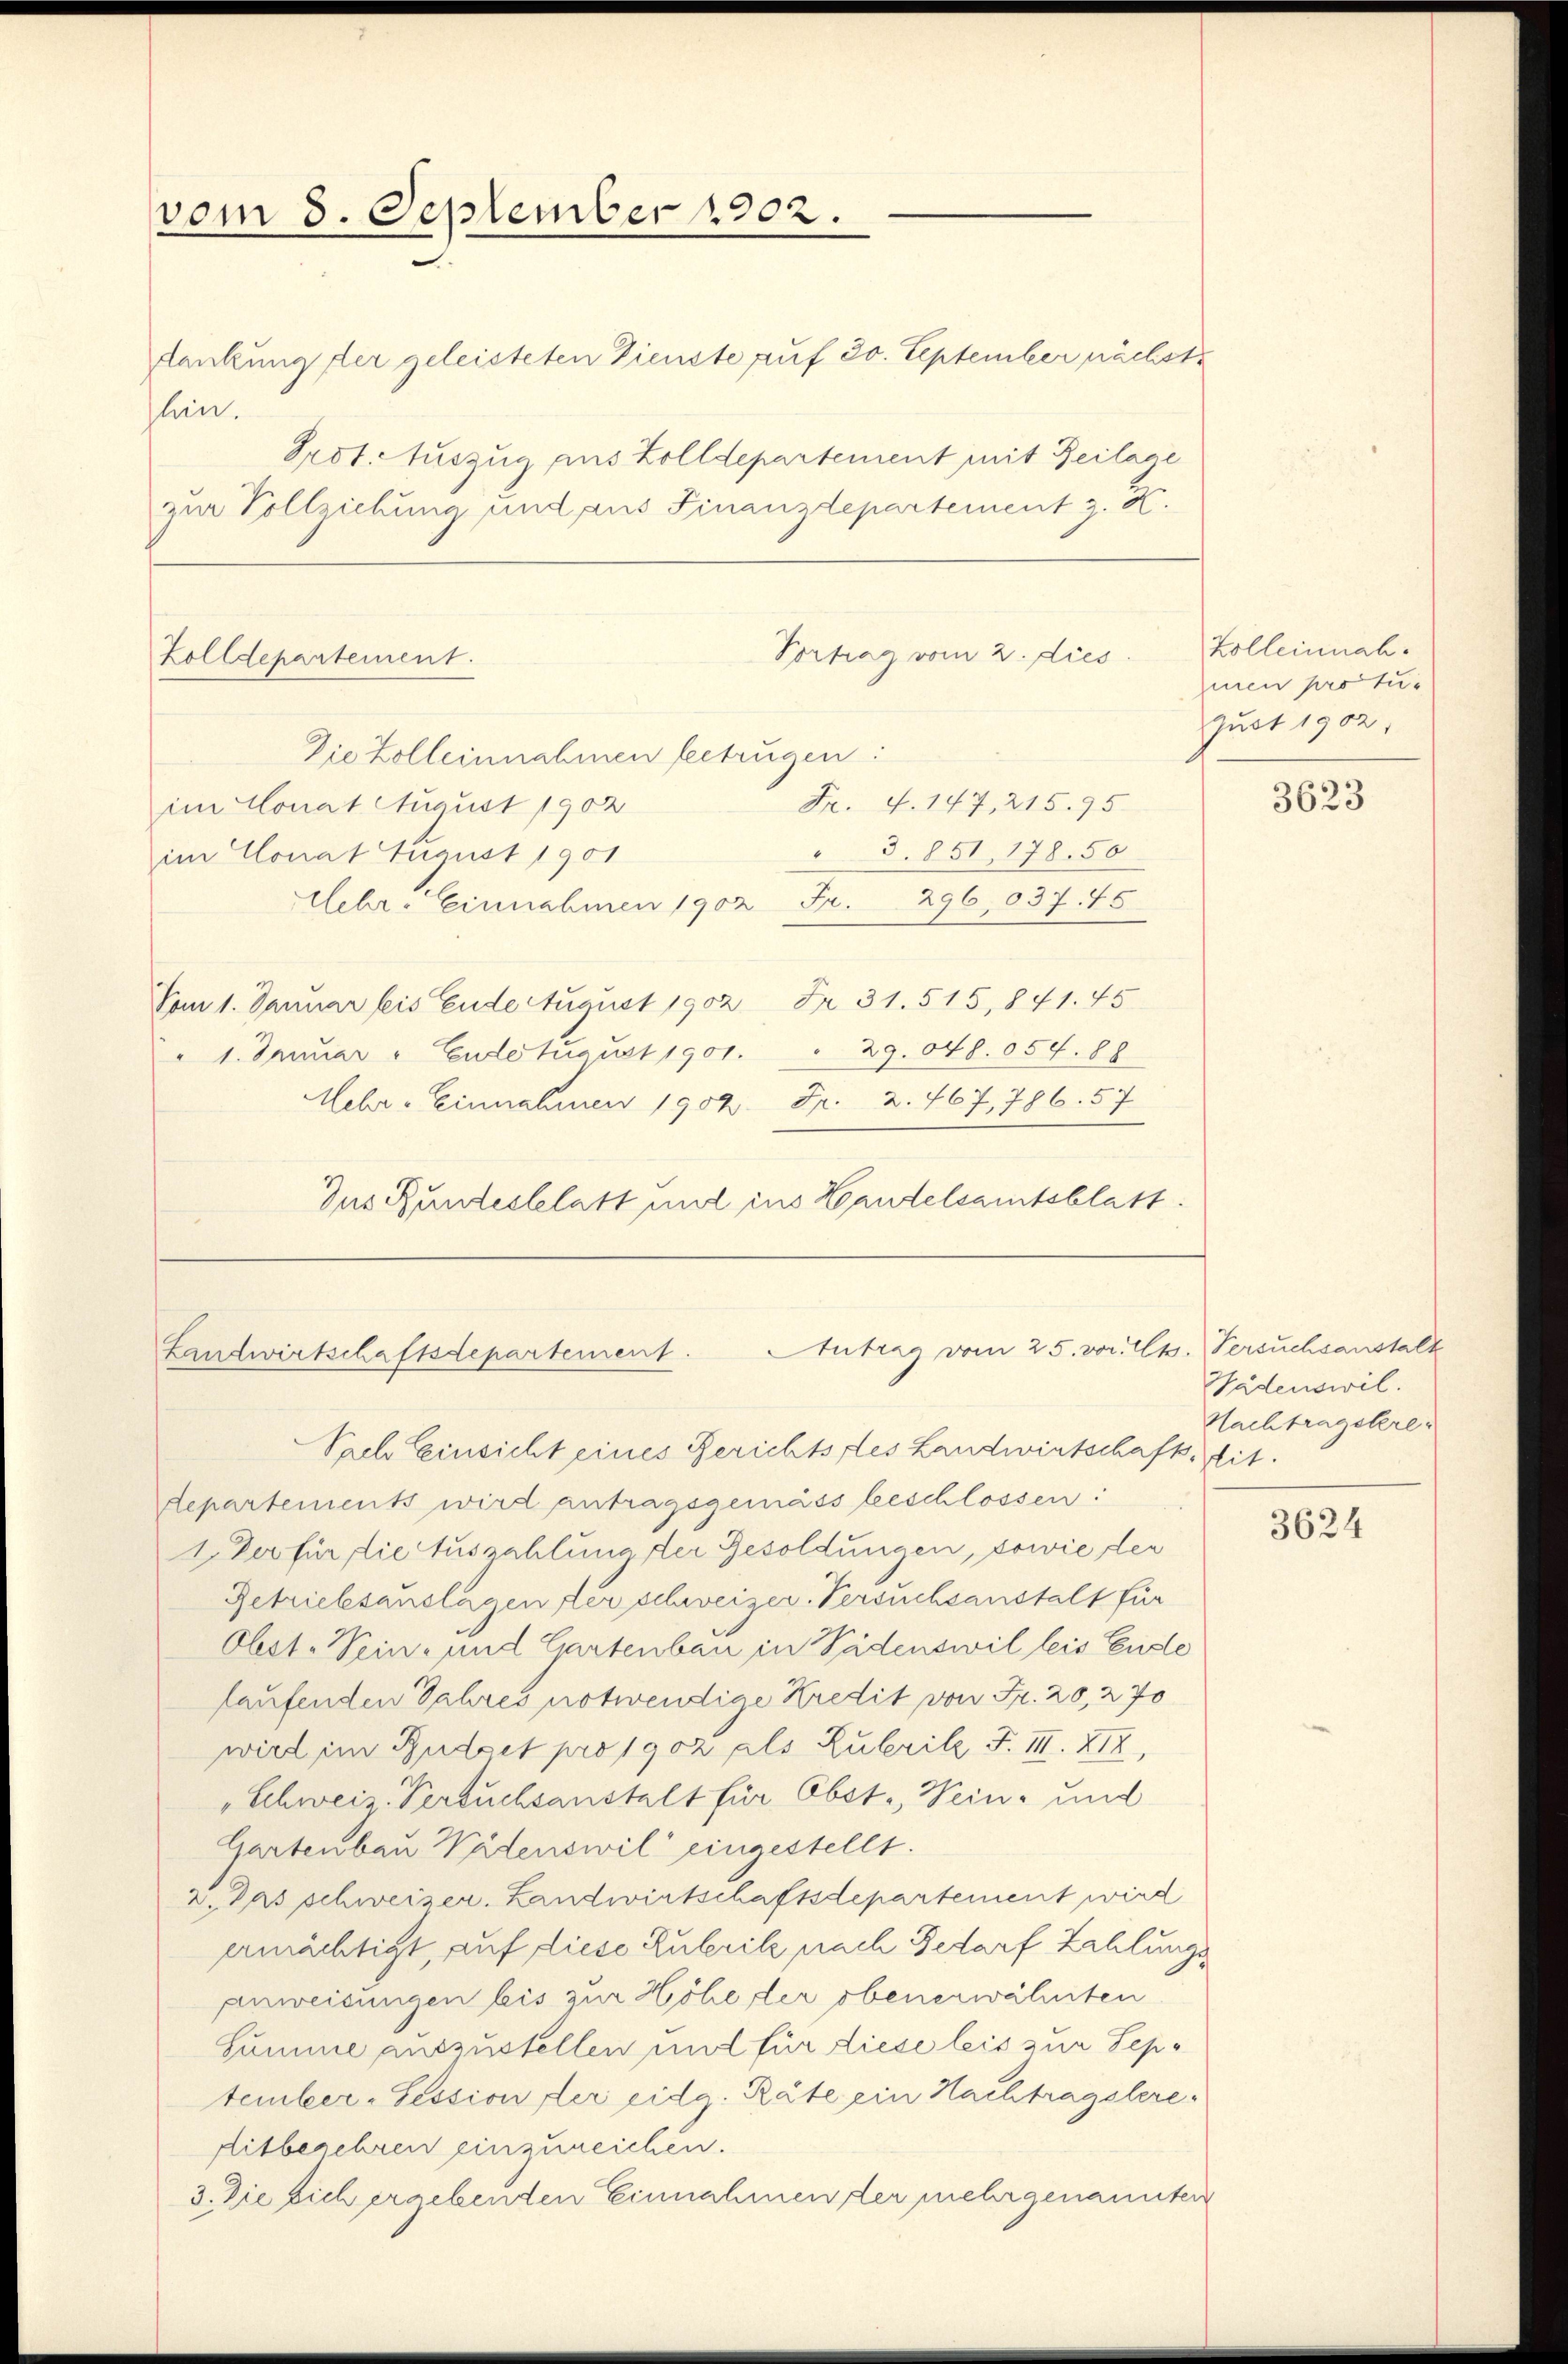
vom 8. September 1902.

Rankung der geleisteten Dienste auf 20. September nächste
hin.
Prot. Auszug aus Zolldepartement mit Beilage
zur Vollziehung und aus Finanzdepartement z. K.
Die Zolleinnahmen betrügen:
im Monat August 1902
" 3. 851, 178. 50
im Conat August 1901
Lehr- Einnahmen 1902 Fr. 296,037. 45
Vom 1. Januar bis Ende August 1902 Fr. 31. 515, 841. 45
29.048. 054. 88
" 1. Januar - Ende turust 1901.
Mehr- Einnahmen 1902. Fr. 2. 467, 786. 57
Ius Bundesblatt und ins Handelsamtsblatt.

Zolldepartement.

Vortrag vom 2. dies
Fr. 4. 147. 215. 95

Antrag vom 25. v. 24
Landwirtschaftsdepartement.

Nach Einsicht eines Gerichtsstes Landwirtschafts-Sit.
departements wird antragsgemäss beschlossen:
1. Der für die Auszahlung der Besoldungen, sowie der
Getriebsanslagen der schweizer. Versuchsanstalt für
Obst. Sein- und Gartenbau in Pädenswil leis Entste
laufenden Jahres notwendige Kredit von Fr. 20, 270
wird im Budget pro 1902 als Zubrikz F. III. XIX,
"Schweiz. Versuchsanstalt für Obst. Wein- und
Gartenbau Wädenswil eingestellt.
2. Das schweizer. Landwirtschaftsdepartement wird
ermächtigt, auf diese Zuberitz nach Bedarf Zahlungs
anweisungen bis zur Höhe der obenerwähnten
Summe auszustellen mol für diese leis zur September-Session der eidg. Räte ein Nachtragstere¬
Mitbegehren einzureichen.
3. Die sich ergebenden Einnahmen der mehrgenannten

Kolleinnahmen pro tue
gust 1902.

3623

Versuchsanstalt
Wädenswil.
Nachtragstere

3624